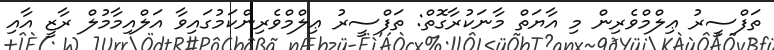
ތަފްސީރު ޢިލްމްވެރިން މި އާޔަތް މާނަކުރާގޮތް: ތަފްސީރު ޢިލްމްވެރިންކަމުގައިވާ އަލްއިމާމުލް ރާޒީ އާއި